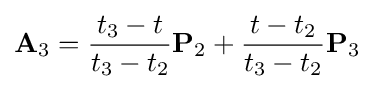
\mathbf {A} _{3}={\frac {t_{3}-t}{t_{3}-t_{2}}}\mathbf {P} _{2}+{\frac {t-t_{2}}{t_{3}-t_{2}}}\mathbf {P} _{3}